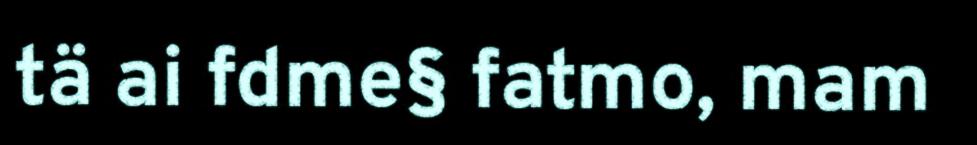
tä ai fdme§ fatmo, mam